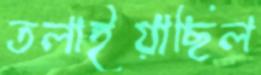
তলাইয়াছিল